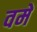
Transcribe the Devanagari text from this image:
वमें